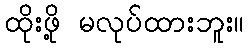
ထိုးဖို့ မလုပ်ထားဘူး။